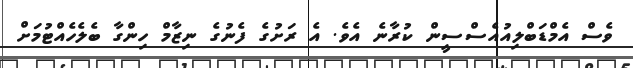
ވެސް އެމްޑަބްލިއުއެސްސީން ކުރާނެ އެވެ. އެ ރަށުގެ ފެނުގެ ނިޒާމް ހިންގާ ބެލެހެއްޓުމަށް